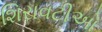
શિરાવટીઓ